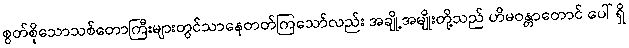
စွတ်စိုသောသစ်တောကြီးများတွင်သာနေတတ်ကြသော်လည်း အချို့အမျိုးတို့သည် ဟိမဝန္တာတောင် ပေါ် ရှိ